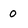
Character: 0